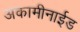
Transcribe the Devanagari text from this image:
अकामीनाईड